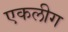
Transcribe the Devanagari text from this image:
एकलीग